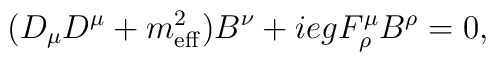
(D_{\mu}D^{\mu}+m_{\rm eff}^{2}) B^{\nu}+iegF_{  \rho}^{\mu}B^{\rho} = 0,